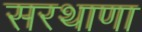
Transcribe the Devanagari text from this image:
सरथाणा